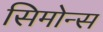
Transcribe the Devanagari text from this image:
सिमोन्स